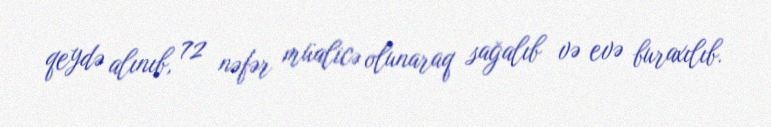
qeydə alınıb, 72 nəfər müalicə olunaraq sağalıb və evə buraxılıb.